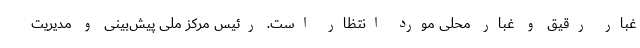
غبار رقیق و غبار محلی مورد انتظار است. رئیس مرکز ملی پیش‌بینی و مدیریت